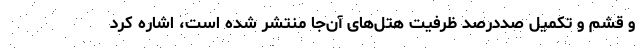
و قشم و تکمیل صددرصد ظرفیت هتل‌های آن‌جا منتشر شده است، اشاره کرد